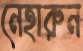
নেহারুন